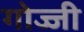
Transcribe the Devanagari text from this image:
गोज्जी